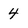
Character: 4